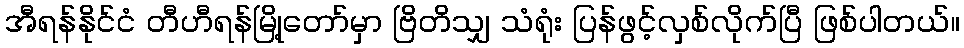
အီရန်နိုင်ငံ တီဟီရန်မြို့တော်မှာ ဗြိတိသျှ သံရုံး ပြန်ဖွင့်လှစ်လိုက်ပြီ ဖြစ်ပါတယ်။